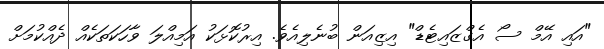
"އައި އޭމް ސޯ އެގްޒައިޓެޑް" އިޒިއަން ބުނެލިއެވެ. އިރުކޮޅަކު އަމިއްލަ ވާހަކަތަކެއް ދެއްކުމަށް